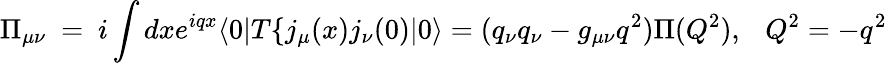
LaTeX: \Pi_{\mu\nu}~=~i\int{dxe^{iqx}\langle 0|T\{ j_{\mu}(x)j_{\nu}(0)|0\rangle}=(q_{\nu}q_{\nu}-g_{\mu\nu}q^{2})\Pi(Q^{2}),~~~Q^{2}=-q^{2}